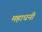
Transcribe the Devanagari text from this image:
महाधनी